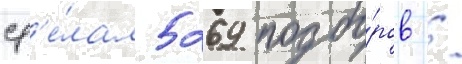
сд'е́лал 5269 подбо́ров /